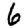
Digit: 6